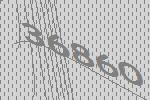
36860